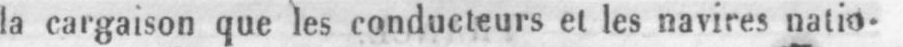
la cargaison que les conducteurs et les navires natio-